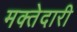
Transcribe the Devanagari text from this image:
मक्‍तेदारी